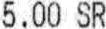
5.00 SR